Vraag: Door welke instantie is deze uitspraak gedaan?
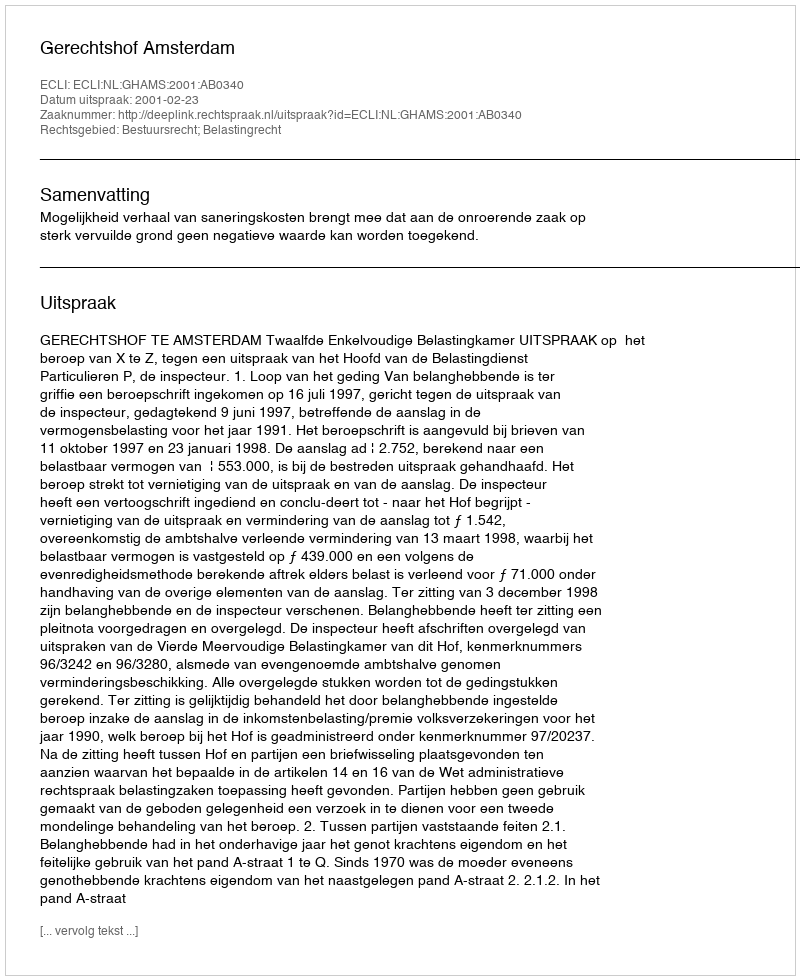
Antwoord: Gerechtshof Amsterdam